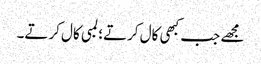
مجھے جب کبھی کال کرتے؛ لمبی کال کرتے۔